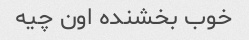
خوب بخشنده اون چیه